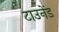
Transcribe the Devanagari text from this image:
टाउनेंड